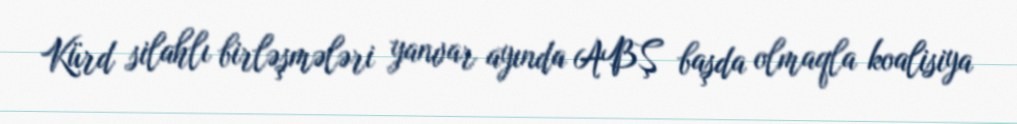
Kürd silahlı birləşmələri yanvar ayında ABŞ başda olmaqla koalisiya